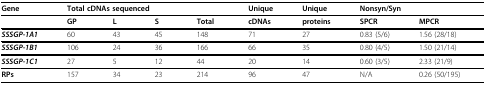
| Gene | <COLSPAN=4> Total cDNAs sequenced | Unique | Unique | <COLSPAN=2> Nonsyn/Syn |
 | --- | --- | --- | --- | --- | --- | --- | --- | --- |
 |  | GP | L | S | Total | cDNAs | proteins | SPCR | MPCR |
 | SSSGP-1A1 | 60 | 43 | 45 | 148 | 71 | 27 | 0.83 (5/6) | 1.56 (28/18) |
 | SSSGP-1B1 | 106 | 24 | 36 | 166 | 66 | 35 | 0.80 (4/5) | 1.50 (21/14) |
 | SSSGP-1C1 | 27 | 5 | 12 | 44 | 20 | 14 | 0.60 (3/5) | 2.33 (21/9) |
 | RPs | 157 | 34 | 23 | 214 | 96 | 47 | N/A | 0.26 (50/195) |